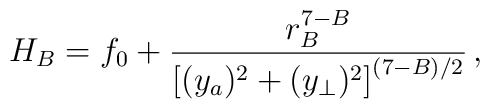
H_B = f_0 + {{r_B^{7-B}}\over{\left[({{{y}}_a})^2+({{{y}}_\perp})^2\right]^{(7-B)/2}   }}\, ,